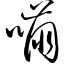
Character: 嘣